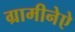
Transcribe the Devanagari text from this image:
ग्रामीनेऐ